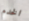
الخدم